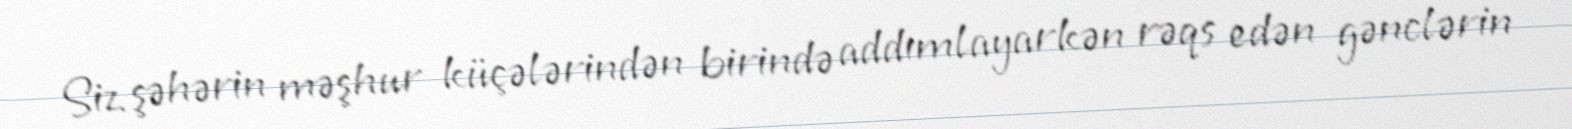
Siz şəhərin məşhur küçələrindən birində addımlayarkən rəqs edən gənclərin